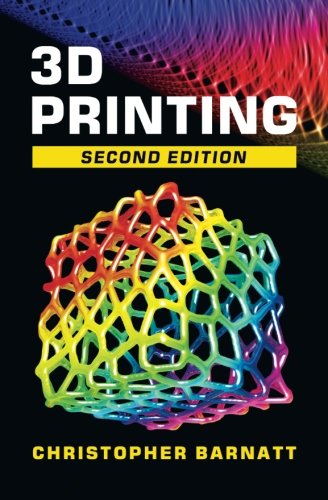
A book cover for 3D Printing: Second Edition; Christopher Barnatt; Computers & Technology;